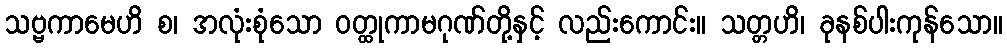
သဗ္ဗကာမေဟိ စ၊ အလုံးစုံသော ဝတ္ထုကာမဂုဏ်တို့နှင့် လည်းကောင်း။ သတ္တဟိ၊ ခုနစ်ပါးကုန်သော။